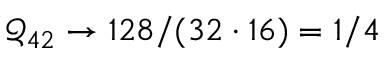
\mathcal { Q } _ { 4 2 } \to 1 2 8 / ( 3 2 \cdot 1 6 ) = 1 / 4